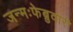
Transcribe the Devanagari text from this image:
जन्मःफेब्रुवारी